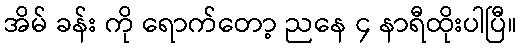
အိမ် ခန်း ကို ရောက်တော့ ညနေ ၄ နာရီထိုးပါပြီ။